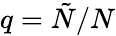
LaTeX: q=\tilde{N}/N